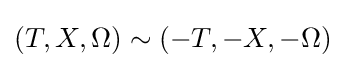
(T,X,\Omega )\sim (-T,-X,-\Omega )